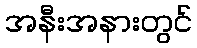
အနီးအနားတွင်